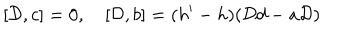
LaTeX: [ { \cal D } , c ] = 0 , [ { \cal D } , b ] = ( h ^ { \prime } - h ) ( { \cal D } d - a { \cal D } )